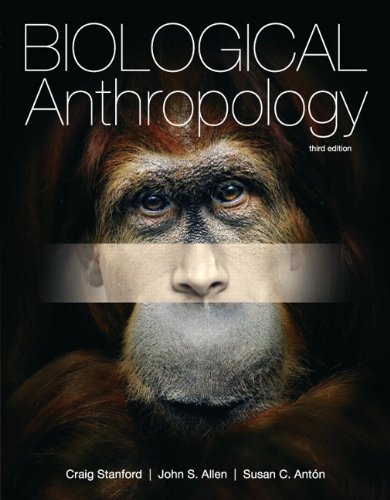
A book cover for Biological Anthropology (3rd Edition); Craig Stanford; Science & Math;